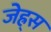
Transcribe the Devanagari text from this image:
जेह्र्स